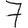
Digit: 7